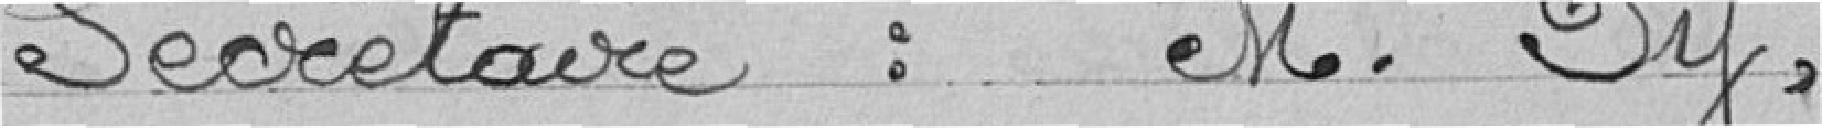
Secrétaire: M. Py